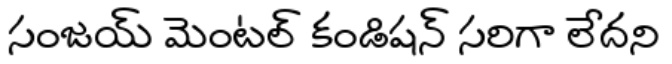
సంజయ్ మెంటల్ కండిషన్ సరిగా లేదని